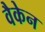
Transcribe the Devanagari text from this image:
वैकेन